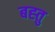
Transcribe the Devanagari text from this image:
बह्तु